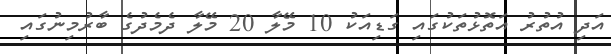
އަދި އުތުރު އަތޮޅުތަކުގައި ގަޑިއަކު 10 މޭލާ 20 މޭލާ ދެމެދުގެ ބާރުމިނުގައި